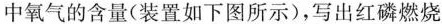
中气的含量(装置如下图所示)，写出红磷燃烧